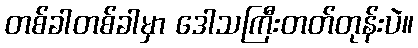
တစ်ခါတစ်ခါမှာ ဒေါသကြီးတတ်တုန်းပဲ။